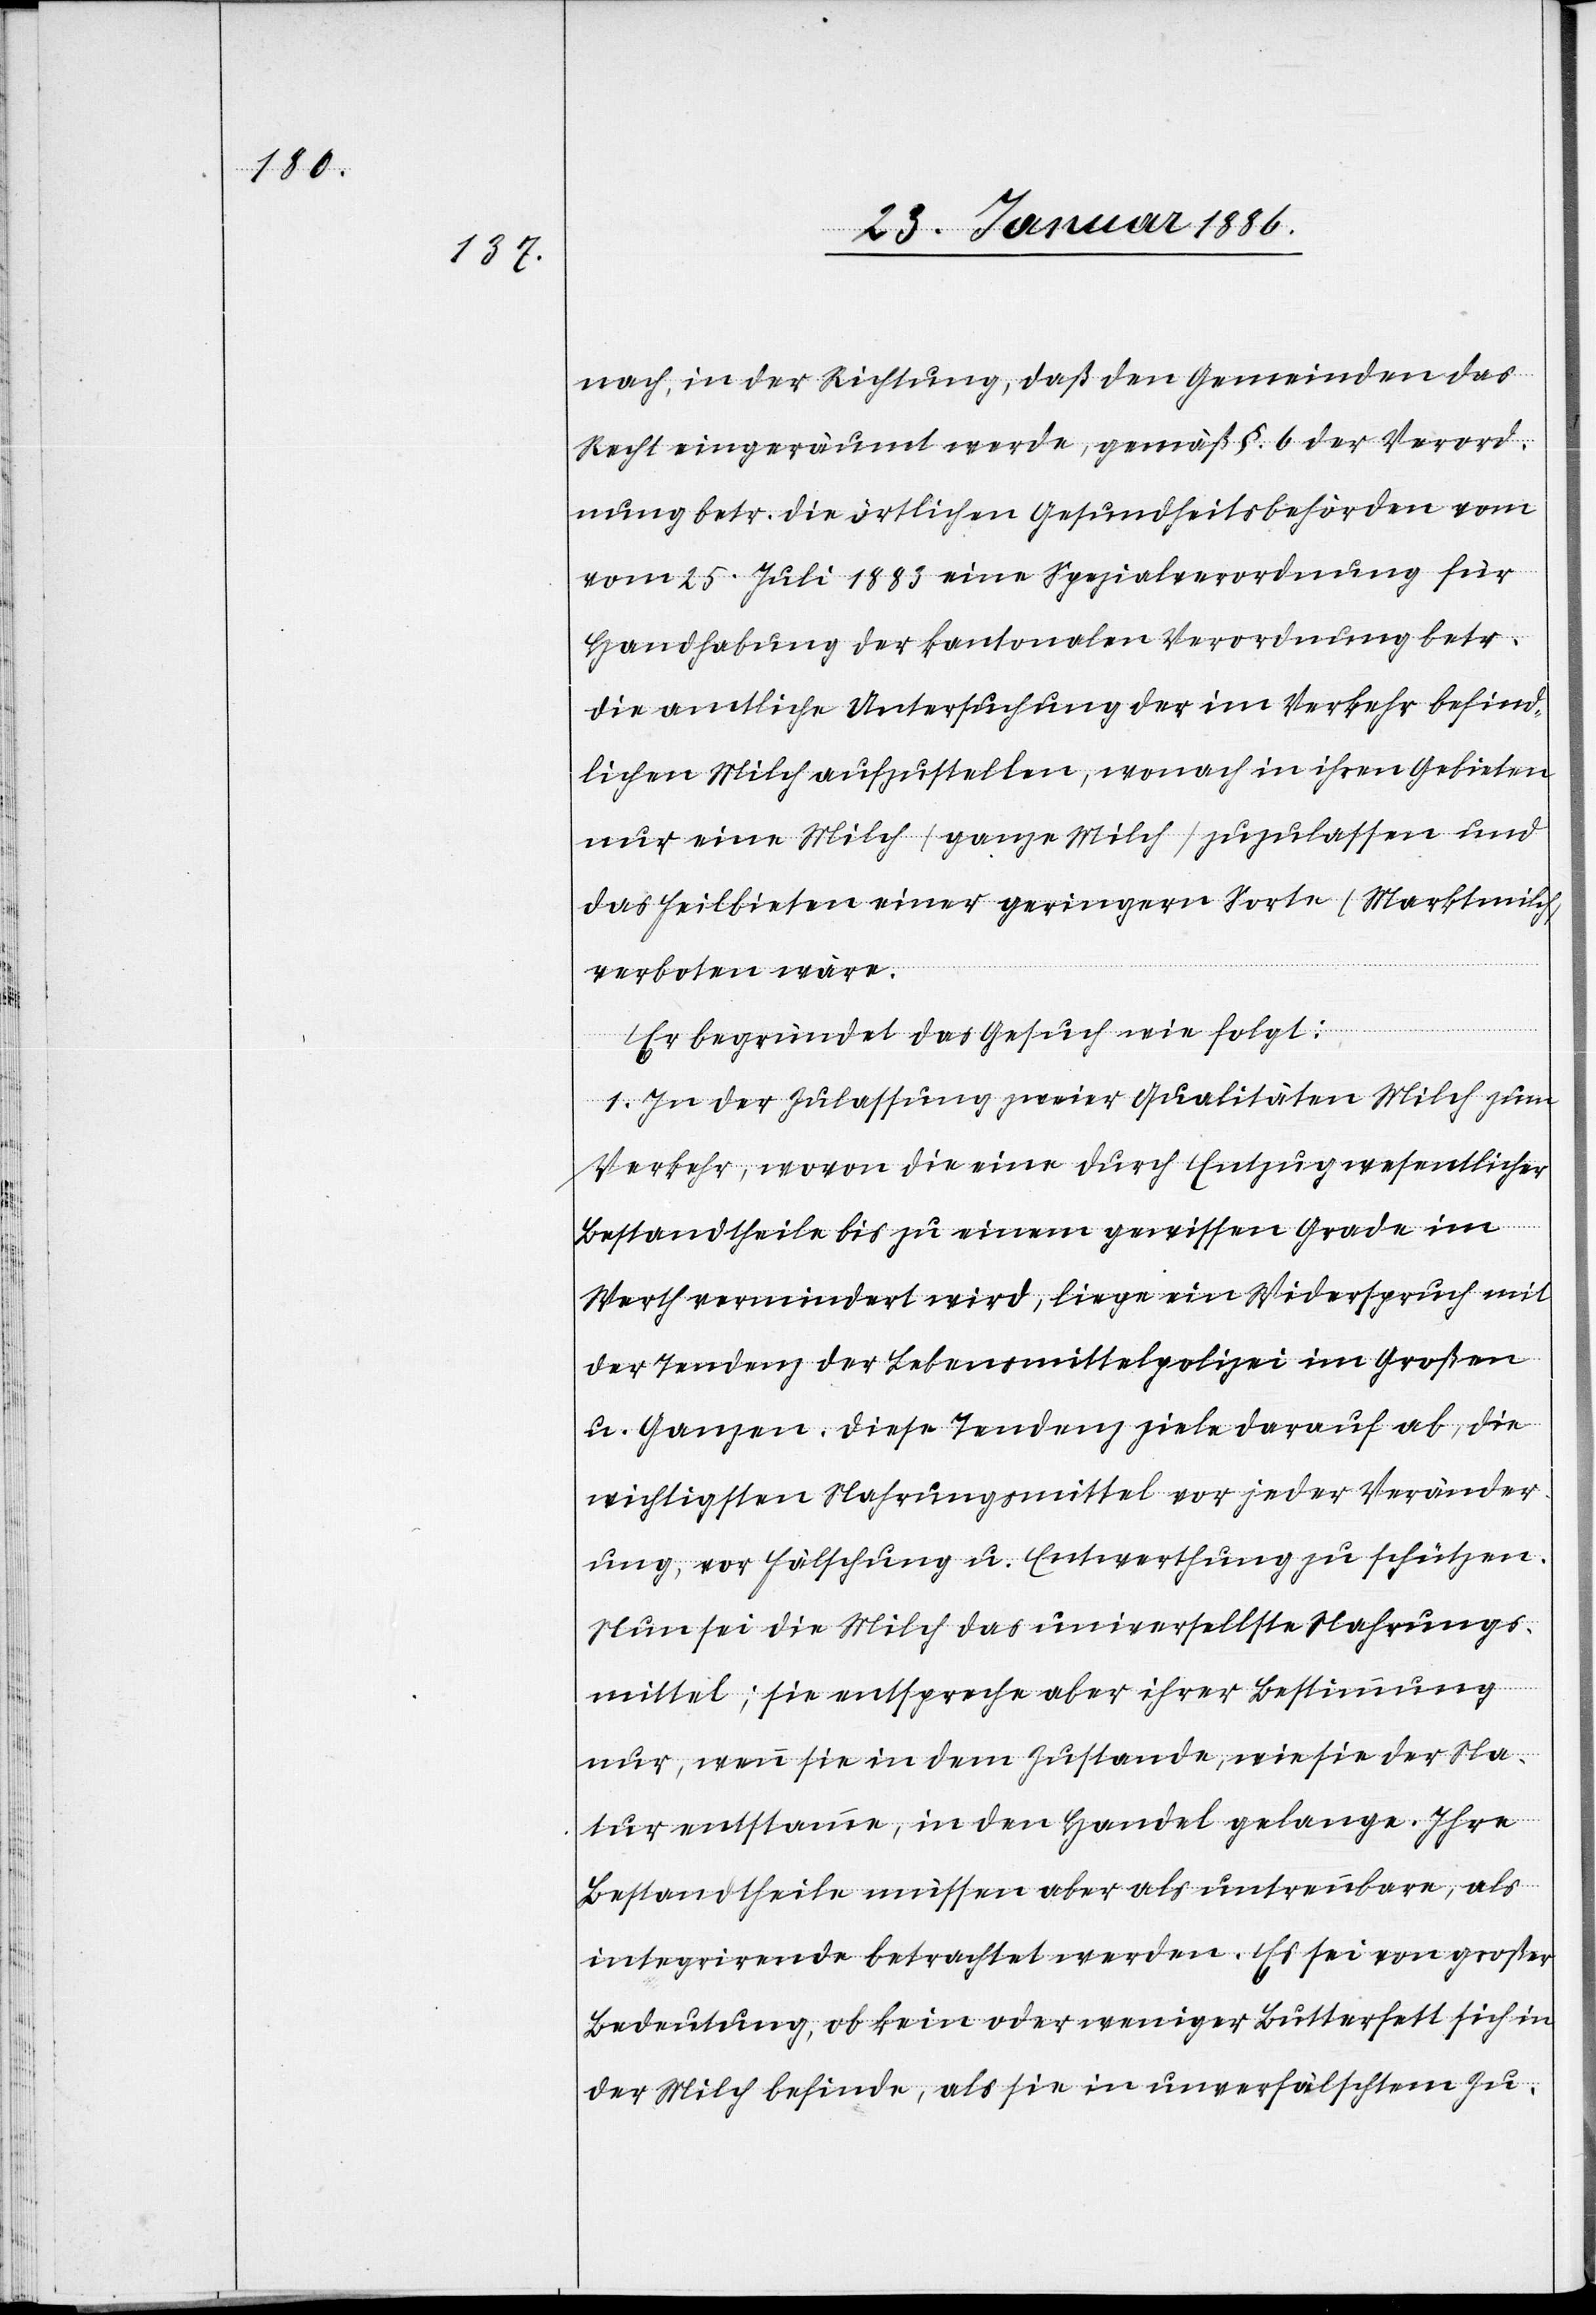
nach, in der Richtung, daß den Gemeinden das
Recht eingeräumt werde, gemäß §. 6 der Verord¬
nung betr. die örtlichen Gesundheitsbehörden vom
25. Juli 1883 eine Spezialverordnung für
Handhabung der kantonalen Verordnung betr.
die amtliche Untersuchung der im Verkehr befind¬
lichen Milch aufzustellen, wonach in ihren Gebieten
nur eine Milch (ganze Milch) zuzulassen und
das Feilbieten einer geringern Sorte (Marktmilch)
verboten wäre.
Er begründet das Gesuch wie folgt:
1. In der Zulassung zweier Qualitäten Milch zum
Verkehr, wovon die eine durch Entzug wesentlicher
Bestandtheile bis zu einem gewissen Grade im
Werth vermindert wird, liege ein Widerspruch mit
der Tendenz der Lebensmittelpolizei im Großen
u. Ganzen. Diese Tendenz ziele darauf ab, die
wichtigsten Nahrungsmittel vor jeder Veränder¬
ung vor Fälschung u. Entwerthung zu schützen.
Nun sei die Milch das universellste Nahrungs¬
mittel; sie entspreche aber ihrer Bestimmung
nur, wenn sie in dem Zustande, wie sie der Na¬
tur entstamme, in den Handel gelange. Ihre
Bestandtheile müssen aber als untrennbare, als
integrirende betrachtet werden. Es sei von großer
Bedeutung, ob kein oder weniger Butterfett sich in
der Milch befinde, als sie in unverfälschtem Zu-